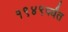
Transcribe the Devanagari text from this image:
१९४९पर्यंत